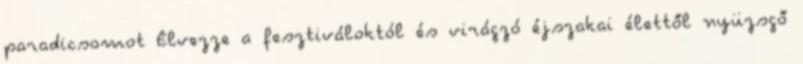
paradicsomot Élvezze a fesztiváloktól és virágzó éjszakai élettől nyüzsgő